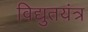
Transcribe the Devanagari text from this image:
विद्युतयंत्र